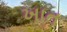
ખાત